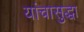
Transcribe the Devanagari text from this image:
यांचासुद्धा